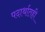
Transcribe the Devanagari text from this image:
पदार्थातही